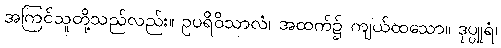
အကြင်သူတို့သည်လည်း။ ဥပရိဝိသာလံ၊ အထက်၌ ကျယ်ထသော။ ဒုပ္ပူရံ၊